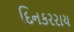
દિનકરરાય